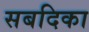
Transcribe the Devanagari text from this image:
सबदिका